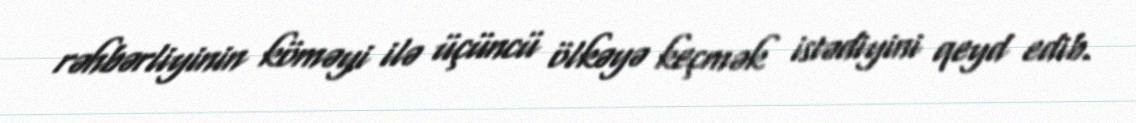
rəhbərliyinin köməyi ilə üçüncü ölkəyə keçmək istədiyini qeyd edib.